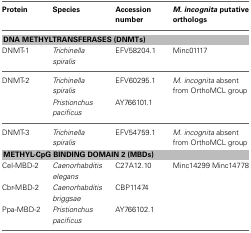
| Protein | Species | Accession number | M. incognita putative orthologs |
 | --- | --- | --- | --- |
 | <COLSPAN=4> DNA METHYLTRANSFERASES (DNMTs) |
 | DNMT-1 | Trichinella spiralis | EFV58204.1 | Minc01117 |
 | DNMT-2 | Trichinella spiralis | EFV60295.1 | M. incognita absent from OrthoMCL group |
 |  | Pristionchus pacificus | AY766101.1 |  |
 | DNMT-3 | Trichinella spiralis | EFV54759.1 | M. incognita absent from OrthoMCL group |
 | <COLSPAN=4> METHYL-CpG BINDING DOMAIN 2 (MBDs) |
 | Cel-MBD-2 | Caenorhabditis elegans | C27A12.10 | Minc14299 Minc14778 |
 | Cbr-MBD-2 | Caenorhabditis briggsae | CBP11474 |  |
 | Ppa-MBD-2 | Pristionchus pacificus | AY766102.1 |  |